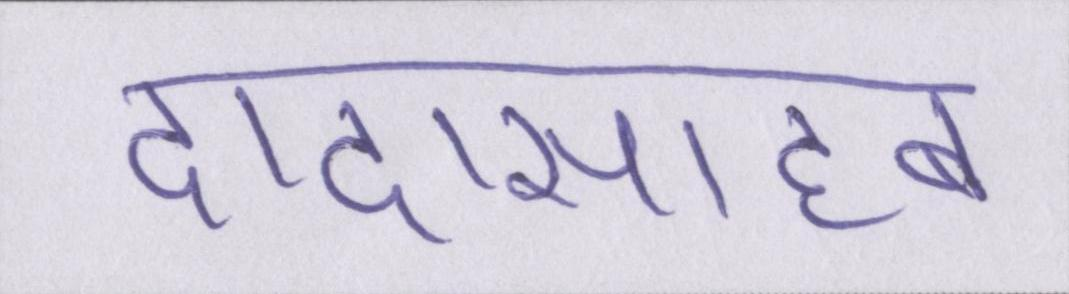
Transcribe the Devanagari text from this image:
दादासाहब